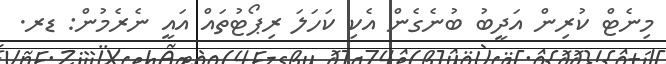
މިނެޓް ކުރިން އަދީބު ބުނެގެން އެކި ކަހަލަ ރިޕޯޓުތައް އައީ ނެރެމުން: ޑރ.